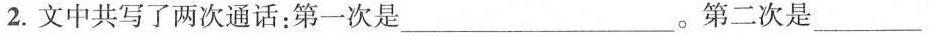
2.文中共写了两次通话：第一次是___。第二次是___。